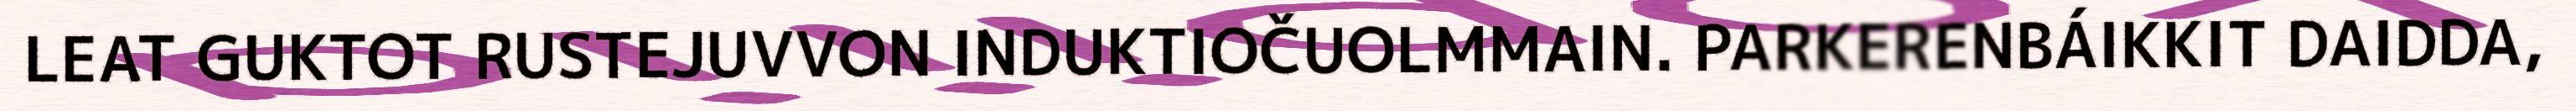
LEAT GUKTOT RUSTEJUVVON INDUKTIOČUOLMMAIN. PARKERENBÁIKKIT DAIDDA,